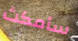
سأمكث